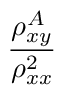
\frac { \rho _ { x y } ^ { A } } { \rho _ { x x } ^ { 2 } }